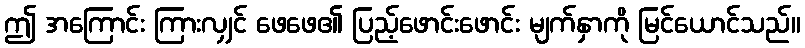
ဤ အကြောင်း ကြားလျှင် ဖေဖေ၏ ပြည့်ဖောင်းဖောင်း မျက်နှာကို မြင်ယောင်သည်။